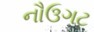
નૌઉગટ